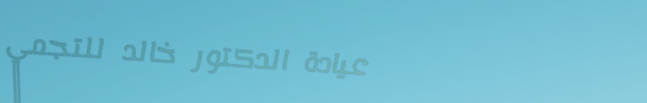
عيادة الدكتور خالد للتجمي